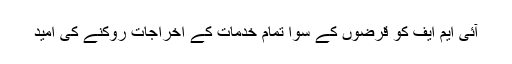
آئی ایم ایف کو قرضوں کے سوا تمام خدمات کے اخراجات روکنے کی امید